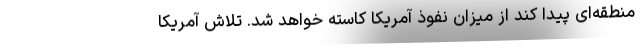
منطقه‌ای پیدا کند از میزان نفوذ آمریکا کاسته خواهد شد. تلاش آمریکا